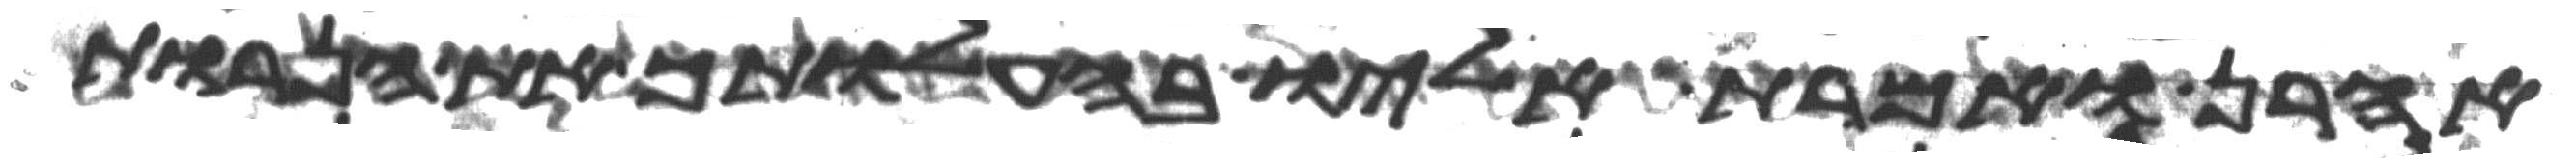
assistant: אהרן ואמרת אליו בהעלותך את הנרות